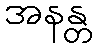
အနန္တ